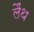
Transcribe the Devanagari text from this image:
लैंथ